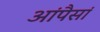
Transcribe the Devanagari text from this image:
आंपैसां